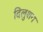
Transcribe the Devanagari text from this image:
दिलुशन